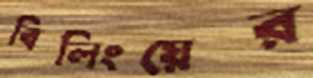
বিলিংয়ের